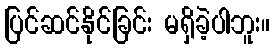
ပြင်ဆင်နိုင်ခြင်း မရှိခဲ့ပါဘူး။